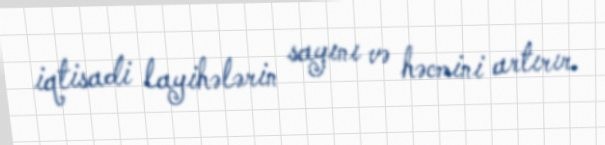
iqtisadi layihələrin sayını və həcmini artırır.